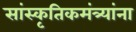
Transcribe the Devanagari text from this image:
सांस्कृतिकमंत्र्यांना